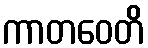
ကာတဝေတိ